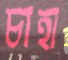
চাহা